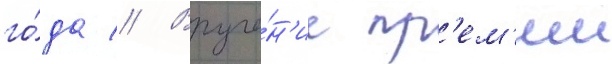
го́да // Вруче́н'ие пр'ем'ии